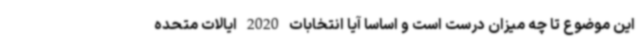
این موضوع تا چه میزان درست است و اساسا آیا انتخابات 2020 ایالات متحده